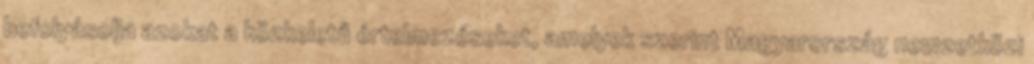
befolyásolja azokat a közkeletű értelmezéseket, amelyek szerint Magyarország nemzetközi